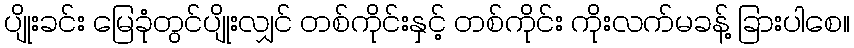
ပျိုးခင်း မြေခုံတွင်ပျိုးလျှင် တစ်ကိုင်းနှင့် တစ်ကိုင်း ကိုးလက်မခန့် ခြားပါစေ။